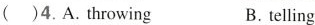
( )4. A. throwing B. telling